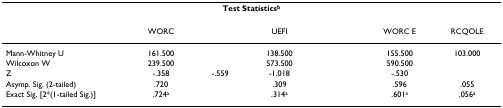
<table><thead><tr><td colspan="7"><b>Test Statistics<sup>b</sup></b></td></tr></thead><tbody><tr><td>[EMPTY_CELL]</td><td>WORC</td><td>[EMPTY_CELL]</td><td>UEFI</td><td>[EMPTY_CELL]</td><td>WORC E</td><td>RCQOLE</td></tr><tr><td>Mann-Whitney U</td><td>161.500</td><td>[EMPTY_CELL]</td><td>138.500</td><td>[EMPTY_CELL]</td><td>155.500</td><td>103.000</td></tr><tr><td>Wilcoxon W</td><td>239.500</td><td>[EMPTY_CELL]</td><td>573.500</td><td>[EMPTY_CELL]</td><td>590.500</td><td>[EMPTY_CELL]</td></tr><tr><td>Z</td><td>-.358</td><td>-.559</td><td>-1.018</td><td>[EMPTY_CELL]</td><td>-.530</td><td>[EMPTY_CELL]</td></tr><tr><td>Asymp. Sig. (2-tailed)</td><td>.720</td><td>[EMPTY_CELL]</td><td>.309</td><td>[EMPTY_CELL]</td><td>.596</td><td>.055</td></tr><tr><td>Exact Sig. [2*(1-tailed Sig.)]</td><td>.724<sup>a</sup></td><td>[EMPTY_CELL]</td><td>.314<sup>a</sup></td><td>[EMPTY_CELL]</td><td>.601<sup>a</sup></td><td>.056<sup>a</sup></td></tr></tbody></table>